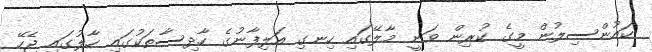
ކައުންސިލުން މީގެ ކުރިން ވަނީ މާލޭގައި ހިނގި އަލިފާނުގެ ހާދިސާތަކުގައި ހާލުގައި ޖެހޭ